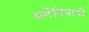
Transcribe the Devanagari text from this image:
अर्मेनियायी